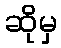
ဆိုမှ